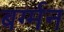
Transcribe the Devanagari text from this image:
बर्ग्मन